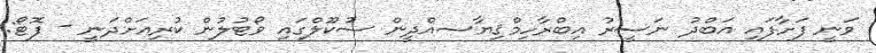
ވަނީ ފަށާފައި އަބްދު ނަސީރު އިބްރާހިމްޤިޔާސއްދީން ސުކޫލްގައި ވޯޓުލުން ކުރިއަށްދަނީ - ފޮޓޯ: